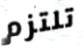
تلتزم